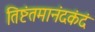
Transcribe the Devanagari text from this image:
तिष्टंतमानंदकंदं